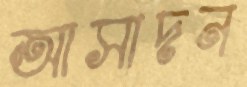
আসাদন